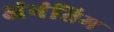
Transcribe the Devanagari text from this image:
अंनंतिम